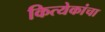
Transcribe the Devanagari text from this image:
कित्येकांचा